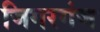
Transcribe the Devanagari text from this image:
जिगरगंज